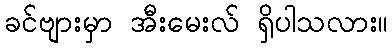
ခင်ဗျားမှာ အီးမေးလ် ရှိပါသလား။